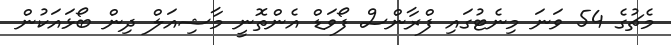
މެޗުގެ 54 ވަނަ މިނެޓުގައި ފްރާންސް ފޯވަޑް އެންތޮނީ މާޝިއަލް ދިން ބޯޅައަކުން